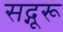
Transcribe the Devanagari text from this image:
सद्गूरू